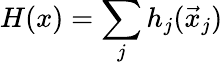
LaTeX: H(x)=\sum_{j}h_{j}(\vec{x}_{j})